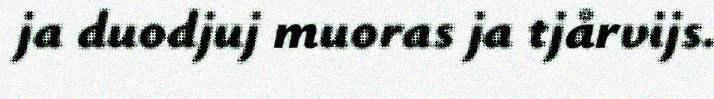
ja duodjuj muoras ja tjårvijs.